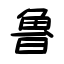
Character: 魯